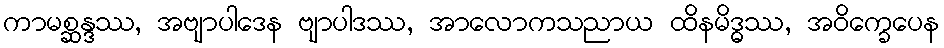
ကာမစ္ဆန္ဒဿ, အဗျာပါဒေန ဗျာပါဒဿ, အာလောကသညာယ ထိနမိဒ္ဓဿ, အဝိက္ခေပေန